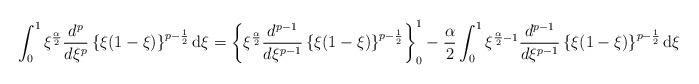
LaTeX: \begin{align*}\int_0^1\xi^{\frac{\alpha}{2}}\frac{d^p}{d\xi^p}\left\{\xi(1-\xi)\right\}^{p-\frac{1}{2}}{\rm d}\xi = \left\{\xi^{\frac{\alpha}{2}}\frac{d^{p-1}}{d\xi^{p-1}}\left\{\xi(1-\xi)\right\}^{p-\frac{1}{2}} \right\}_0^1 -\frac{\alpha}{2}\int_0^1\xi^{\frac{\alpha}{2}-1}\frac{d^{p-1}}{d\xi^{p-1}}\left\{\xi(1-\xi)\right\}^{p-\frac{1}{2}}{\rm d}\xi\end{align*}